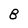
Character: 8